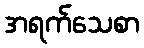
အရက်သေစာ